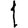
Digit: 1